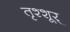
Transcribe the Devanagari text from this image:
तृश्शूर्